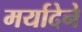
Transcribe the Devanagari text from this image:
मर्यादेने